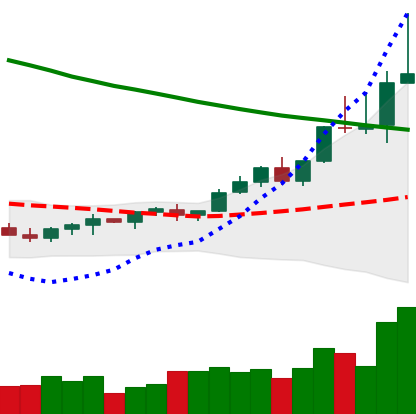
Ticker: TRX-USD
Chart end date: 2022-03-31
Forward return: -6.022%
Label: down_5_7